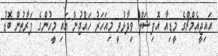
އައިޖީއެމްޗްގެ މީޑިއާ އޮފިޝަލް ވިދާޅުވީ މިއަހަރު ހައްޖުން އައި މީހުންގެ ފަރާތުން ބޮޑު